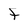
Character: f